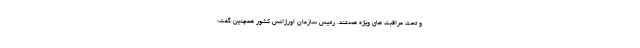
و تحت مراقبت های ویژه هستند. رئیس سازمان اورژانس کشور همچنین گفت: